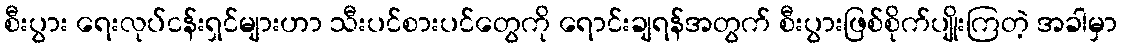
စီးပွား ရေးလုပ်ငန်းရှင်များဟာ သီးပင်စားပင်တွေကို ရောင်းချရန်အတွက် စီးပွားဖြစ်စိုက်ပျိုးကြတဲ့ အခါမှာ